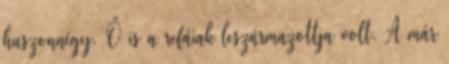
huszonnégy. Ő is a refáiak leszármazottja volt. A már